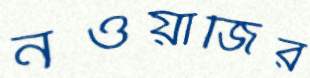
নওয়াজির